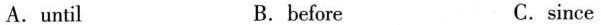
A.until B.before C.since